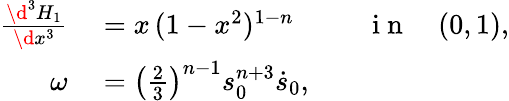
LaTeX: \begin{array}{rlrl}{\frac{\d^{3}H_{1}}{\d x^{3}}}&{{}=x\, (1-x^{2})^{1-n}}&{}&{{}\mathrm{~i~n~}\quad(0,1),}\\ {\omega}&{{}=\big(\frac 23\big)^{n-1}s_{0}^{n+3}\dot{s}_{0},}\end{array}